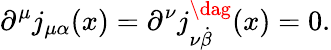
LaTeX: \partial^{\mu}j_{\mu\alpha}(x)=\partial^{\nu}j_{\nu{\dot{\beta}}}^{\dag}(x)=0.